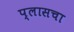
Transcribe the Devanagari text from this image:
प्लासचा